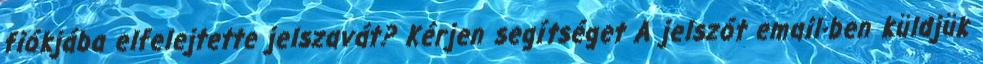
fiókjába elfelejtette jelszavát? Kérjen segítséget A jelszót email-ben küldjük